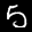
Digit: 5